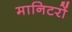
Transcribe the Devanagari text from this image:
मानिटरों